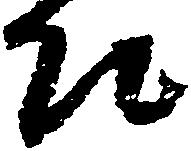
親